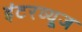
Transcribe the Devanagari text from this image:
इंटरव्यूज